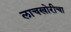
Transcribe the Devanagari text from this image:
लाचखोरीचा